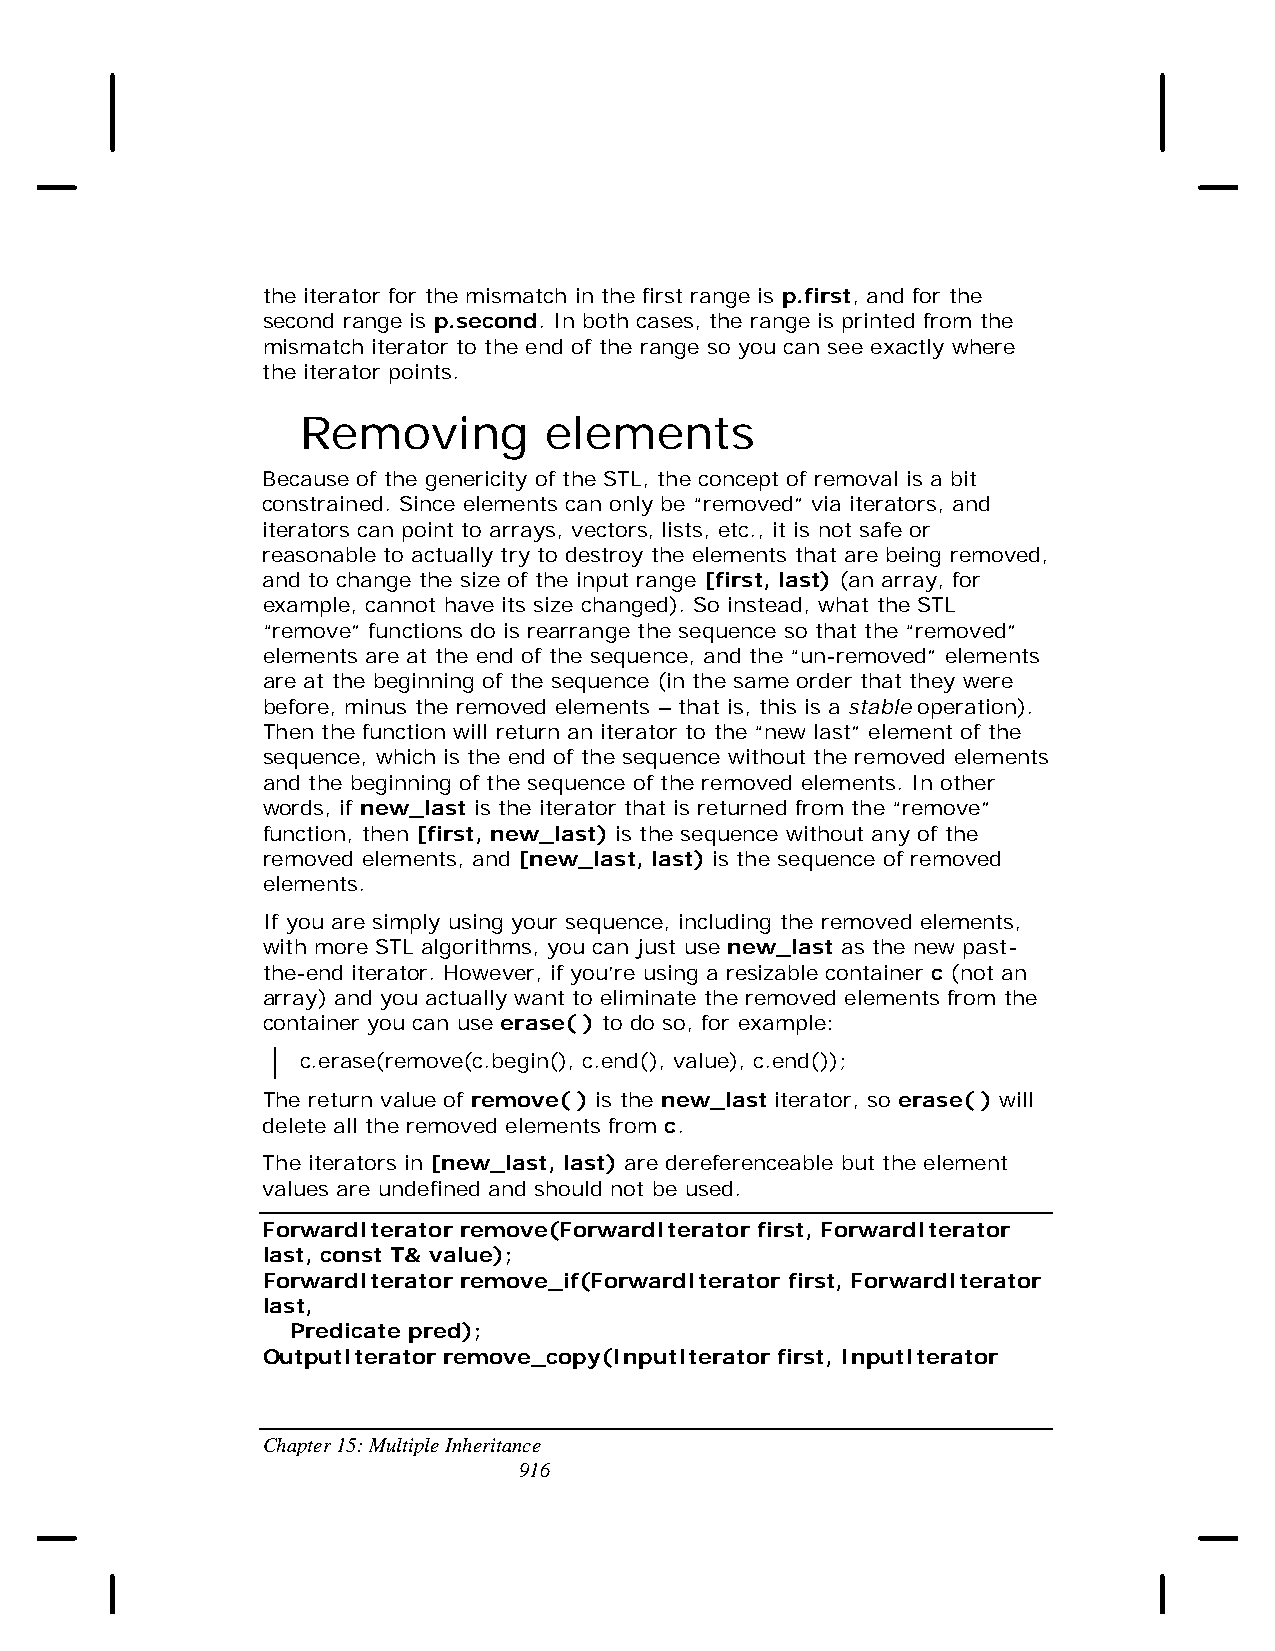
the iterator for the mismatch in the first range is p.first, and for the
 second range is p.second. In both cases, the range is printed from the
 mismatch iterator to the end of the range so you can see exactly where
 the iterator points.
 Removing        elements
 Because of the genericity of the STL, the concept of removal is a bit
 constrained. Since elements can only be “removed” via iterators, and
 iterators can point to arrays, vectors, lists, etc., it is not safe or
 reasonable to actually try to destroy the elements that are being removed,
 and to change the size of the input range [first, last) (an array, for
 example, cannot have its size changed). So instead, what the STL
 “remove” functions do is rearrange the sequence so that the “removed”
 elements are at the end of the sequence, and the “un-removed” elements
 are at the beginning of the sequence (in the same order that they were
 before, minus the removed elements – that is, this is a stable operation).
 Then the function will return an iterator to the “new last” element of the
 sequence, which is the end of the sequence without the removed elements
 and the beginning of the sequence of the removed elements. In other
 words, if new_last is the iterator that is returned from the “remove”
 function, then [first, new_last) is the sequence without any of the
 removed elements, and [new_last, last) is the sequence of removed
 elements.
 If you are simply using your sequence, including the removed elements,
 with more STL algorithms, you can just use new_last as the new past-
 the-end iterator. However, if you’re using a resizable container c (not an
 array) and you actually want to eliminate the removed elements from the
 container you can use erase( ) to do so, for example:
 c.erase(remove(c.begin(), c.end(), value), c.end());
 The return value of remove( ) is the new_last iterator, so erase( ) will
 delete all the removed elements from c.
 The iterators in [new_last, last) are dereferenceable but the element
 values are undefined and should not be used.
 ForwardIterator remove(ForwardIterator first, ForwardIterator
 last, const T& value);
 ForwardIterator remove_if(ForwardIterator first, ForwardIterator
 last,
 Predicate pred);
 OutputIterator remove_copy(InputIterator first, InputIterator
 Chapter 15: Multiple Inheritance
 916